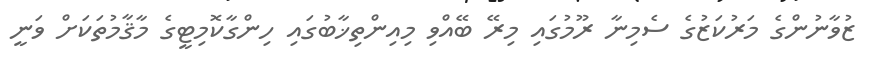
ޒުވާނުންގެ މަރުކަޒުގެ ސެމިނާ ރޫމުގައި މިރޭ ބޭއްވި މިއިންތިޚާބުގައި ހިންގާކޮމިޓީގެ މާޤާމުތަކަށް ވަނީ